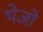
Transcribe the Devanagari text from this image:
थेजो